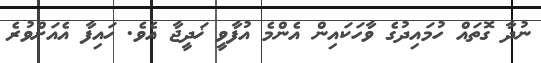
ނުދާ ގޮތައް ހުމައިދުގެ ވާހަކައިން އެންމެ އުފާވީ ޚަދީޖާ އެވެ. ހައިފާ އެއަށްވުރެ